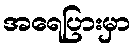
အရေပြားမှာ